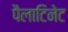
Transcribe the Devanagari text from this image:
पैलाटिनेट